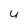
Character: 4